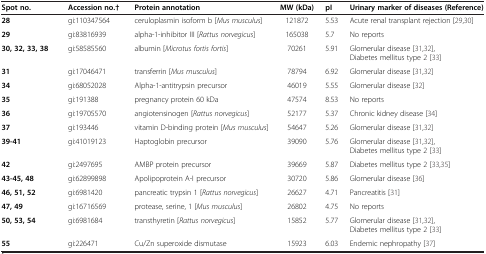
<table><thead><tr><td><b>Spot no.</b></td><td><b>Accession no.†</b></td><td><b>Protein annotation</b></td><td><b>MW (kDa)</b></td><td><b>pI</b></td><td><b>Urinary marker of diseases (Reference)</b></td></tr></thead><tbody><tr><td><b>28</b></td><td>gi:110347564</td><td>ceruloplasmin isoform b [<i>Mus musculus</i>]</td><td>121872</td><td>5.53</td><td>Acute renal transplant rejection [29,30]</td></tr><tr><td><b>29</b></td><td>gi:83816939</td><td>alpha-1-inhibitor III [<i>Rattus norvegicus</i>]</td><td>165038</td><td>5.7</td><td>No reports</td></tr><tr><td><b>30, 32, 33, 38</b></td><td>gi:58585560</td><td>albumin [<i>Microtus fortis fortis</i>]</td><td>70261</td><td>5.91</td><td>Glomerular disease [31,32], Diabetes mellitus type 2 [33]</td></tr><tr><td><b>31</b></td><td>gi:17046471</td><td>transferrin [<i>Mus musculus</i>]</td><td>78794</td><td>6.92</td><td>Glomerular disease [31,32]</td></tr><tr><td><b>34</b></td><td>gi:68052028</td><td>Alpha-1-antitrypsin precursor</td><td>46019</td><td>5.55</td><td>Glomerular disease [32]</td></tr><tr><td><b>35</b></td><td>gi:191388</td><td>pregnancy protein 60 kDa</td><td>47574</td><td>8.53</td><td>No reports</td></tr><tr><td><b>36</b></td><td>gi:19705570</td><td>angiotensinogen [<i>Rattus norvegicus</i>]</td><td>52177</td><td>5.37</td><td>Chronic kidney disease [34]</td></tr><tr><td><b>37</b></td><td>gi:193446</td><td>vitamin D-binding protein [<i>Mus musculus</i>]</td><td>54647</td><td>5.26</td><td>Glomerular disease [31,32]</td></tr><tr><td><b>39-41</b></td><td>gi:41019123</td><td>Haptoglobin precursor</td><td>39090</td><td>5.76</td><td>Glomerular disease [31,32], Diabetes mellitus type 2 [33]</td></tr><tr><td><b>42</b></td><td>gi:2497695</td><td>AMBP protein precursor</td><td>39669</td><td>5.87</td><td>Diabetes mellitus type 2 [33,35]</td></tr><tr><td><b>43-45, 48</b></td><td>gi:62899898</td><td>Apolipoprotein A-I precursor</td><td>30720</td><td>5.86</td><td>Glomerular disease [36]</td></tr><tr><td><b>46, 51, 52</b></td><td>gi:6981420</td><td>pancreatic trypsin 1 [<i>Rattus norvegicus</i>]</td><td>26627</td><td>4.71</td><td>Pancreatitis [31]</td></tr><tr><td><b>47, 49</b></td><td>gi:16716569</td><td>protease, serine, 1 [<i>Mus musculus</i>]</td><td>26802</td><td>4.75</td><td>No reports</td></tr><tr><td><b>50, 53, 54</b></td><td>gi:6981684</td><td>transthyretin [<i>Rattus norvegicus</i>]</td><td>15852</td><td>5.77</td><td>Glomerular disease [31,32], Diabetes mellitus type 2 [33]</td></tr><tr><td><b>55</b></td><td>gi:226471</td><td>Cu/Zn superoxide dismutase</td><td>15923</td><td>6.03</td><td>Endemic nephropathy [37]</td></tr></tbody></table>